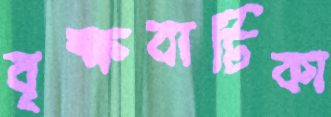
বৃক্ষবাটিকা